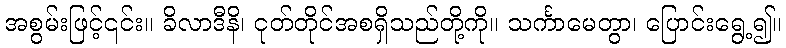
အစွမ်းဖြင့်၎င်း။ ခိလာဒီနိ၊ ငုတ်တိုင်အစရှိသည်တို့ကို။ သင်္ကာမေတွာ၊ ပြောင်းရွေ့၍။